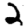
Digit: 2